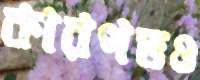
কারপভও